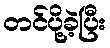
တင်ပို့ခဲ့ပြီး